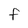
Character: f